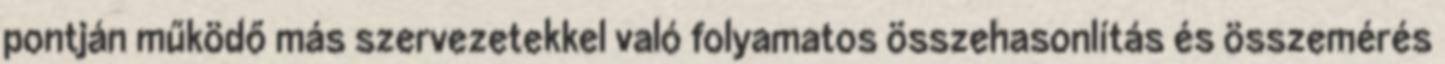
pontján működő más szervezetekkel való folyamatos összehasonlítás és összemérés